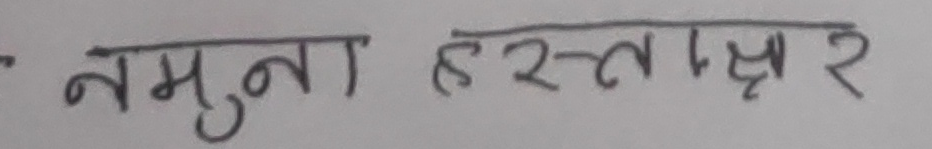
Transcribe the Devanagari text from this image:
नमूना हस्ताक्षर